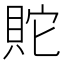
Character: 𰶿